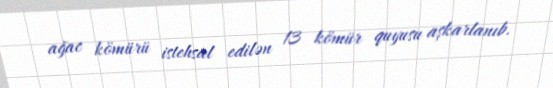
ağac kömürü istehsal edilən 13 kömür quyusu aşkarlanıb.